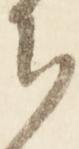
ち